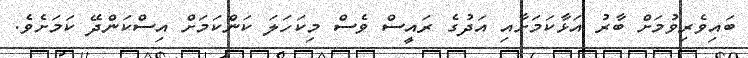
ބައިވެރިވުމަށް ބާރު އަޅާކަމަށާއި އަދުގެ ރައީސް ވެސް މިކަހަލަ ކަންކަމަށް އިސްކަންދޭ ކަމަށެވެ.